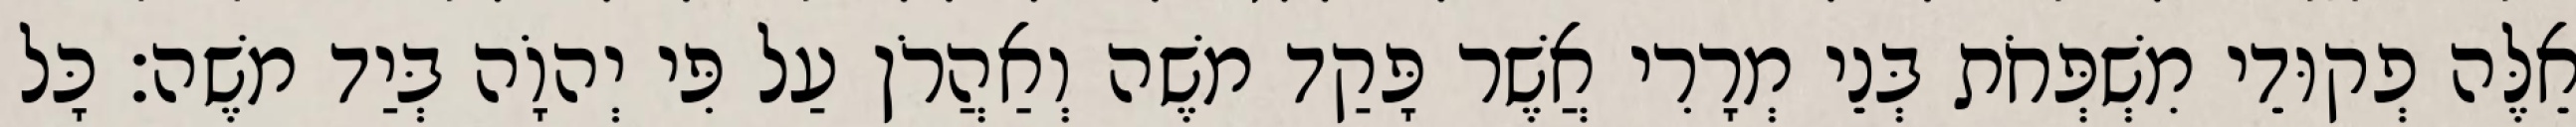
אֵלֶּה פְקוּדֵי מִשְׁפְּחֹת בְּנֵי מְרָרִי אֲשֶׁר פָּקַד משֶׁה וְאַהֲרֹן עַל פִּי יְהוָֹה בְּיַד משֶׁה׃ כָּל